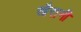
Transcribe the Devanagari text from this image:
खैरानी